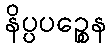
နိပ္ပပဉ္စေန